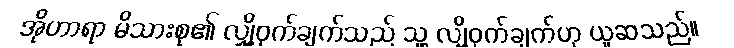
အိုဟာရာ မိသားစု၏ လျှို့ဝှက်ချက်သည် သူ့ လျှို့ဝှက်ချက်ဟု ယူဆသည်။